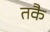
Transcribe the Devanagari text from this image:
तकै